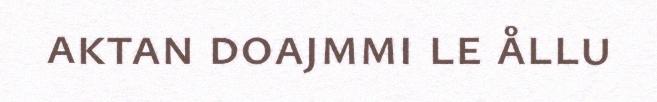
aktan doajmmi le ållu